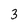
Character: 3